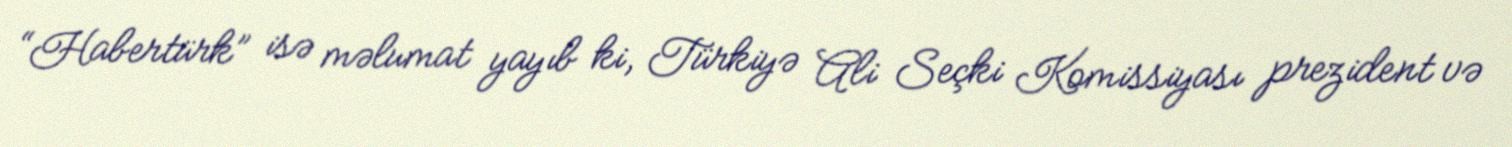
“Habertürk” isə məlumat yayıb ki, Türkiyə Ali Seçki Komissiyası prezident və